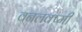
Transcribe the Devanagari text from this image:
वनलक्ष्मी